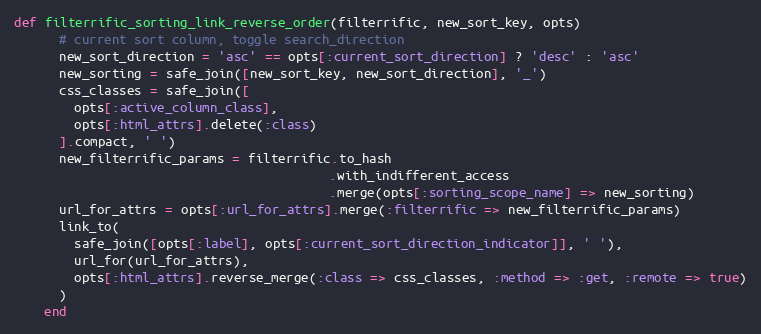
Language: Ruby
def filterrific_sorting_link_reverse_order(filterrific, new_sort_key, opts)
      # current sort column, toggle search_direction
      new_sort_direction = 'asc' == opts[:current_sort_direction] ? 'desc' : 'asc'
      new_sorting = safe_join([new_sort_key, new_sort_direction], '_')
      css_classes = safe_join([
        opts[:active_column_class],
        opts[:html_attrs].delete(:class)
      ].compact, ' ')
      new_filterrific_params = filterrific.to_hash
                                          .with_indifferent_access
                                          .merge(opts[:sorting_scope_name] => new_sorting)
      url_for_attrs = opts[:url_for_attrs].merge(:filterrific => new_filterrific_params)
      link_to(
        safe_join([opts[:label], opts[:current_sort_direction_indicator]], ' '),
        url_for(url_for_attrs),
        opts[:html_attrs].reverse_merge(:class => css_classes, :method => :get, :remote => true)
      )
    end